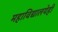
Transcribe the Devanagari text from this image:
महाविद्यालयेही